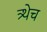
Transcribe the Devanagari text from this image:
त्र्थेच